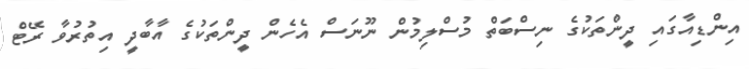
އިންޑިއާގައި ދީންތަކުގެ ނިސްބަތް މުސްލިމުން ނޫނަސް އެހެން ދީންތަކުގެ އާބާދީ އިތުރުވާ ރޭޓް